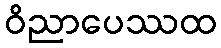
ဝိညာပေဿထ